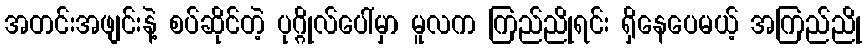
အတင်းအဖျင်းနဲ့ စပ်ဆိုင်တဲ့ ပုဂ္ဂိုလ်ပေါ်မှာ မူလက ကြည်ညိုရင်း ရှိနေပေမယ့် အကြည်ညို